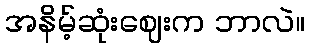
အနိမ့်ဆုံးဈေးက ဘာလဲ။